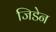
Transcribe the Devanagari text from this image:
जिडेन